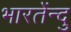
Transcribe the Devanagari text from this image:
भारतेंन्दु